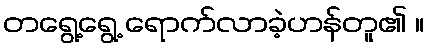
တရွေ့ရွေ့ ရောက်လာခဲ့ဟန်တူ၏ ။